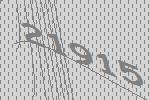
21915